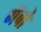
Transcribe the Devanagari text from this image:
गॅबो